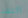
التف